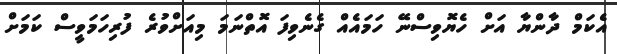
އެކަމް ދާންޔާ އަށް ހެޔޮވިސްނޭ ހަމައެއް ގެނެވިފަ އޮތްނަމަ މިއަށްވުރެ ފުރިހަމަވީސް ކަމަށް